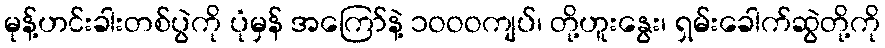
မုန့်ဟင်းခါးတစ်ပွဲကို ပုံမှန် အကြော်နဲ့ ၁ဝဝဝကျပ်၊ တို့ဟူးနွေး၊ ရှမ်းခေါက်ဆွဲတို့ကို